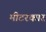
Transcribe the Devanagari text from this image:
मीटरकार